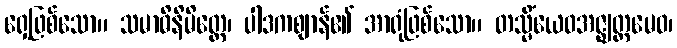
ရှေ့ဖြစ်သော။ သမာဓိနိမိတ္တေ၊ ပါဒကဈာန်၏ အာရုံဖြစ်သော။ တသ္မိံယေဝအဇ္ဈတ္တမေဝ၊